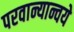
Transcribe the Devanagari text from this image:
परवान्यान्वये